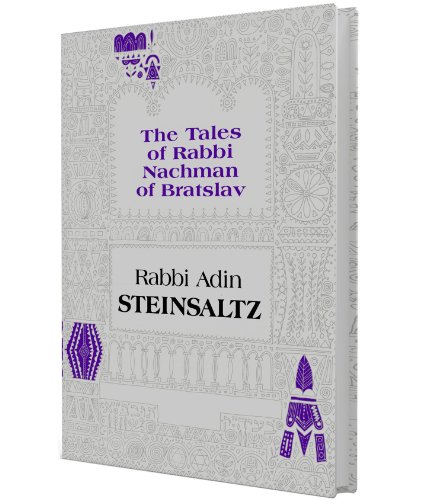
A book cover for The Tales of Rabbi Nachman of Bratslav: Selections with Commentary; Adin Steinsaltz; Religion & Spirituality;